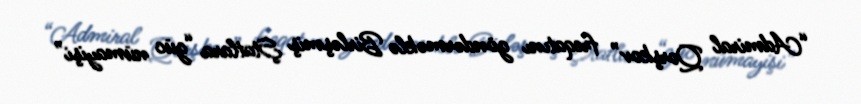
“Admiral Qorşkov” freqatını göndərməklə Birləşmiş Ştatlara “güc nümayişi”